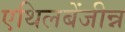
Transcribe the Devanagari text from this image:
एथिलबेंजीन्न